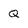
Character: Q